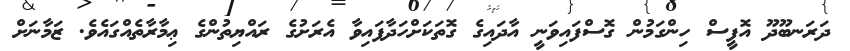
ދަރަނބޫދޫ އޮފީސް ހިންގަމުން ގޮސްފައިވަނީ އާދައިގެ ގޮތަކަށްހަދާފައިވާ އެރަށުގެ ރައްޔިތުންގެ ޢިމާރާތެއްގައެވެ. ޒަމާނަށް